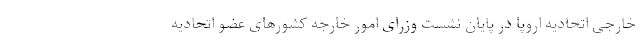
خارجی اتحادیه اروپا در پایان نشست وزرای امور خارجه کشورهای عضو اتحادیه